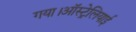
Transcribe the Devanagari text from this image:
गया।ऑस्ट्रेलियाई